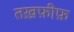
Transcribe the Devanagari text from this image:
तख़फ़ीफ़